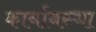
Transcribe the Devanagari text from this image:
कार्यावस्था